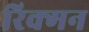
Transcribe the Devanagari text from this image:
रिक्मन